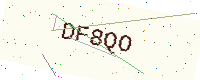
Text: DF8QO